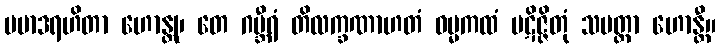
ပမာဒရဟိတာ ဟောန္တု၊ တေ ဂမ္ဘီရံ တိလက္ခဏာဟတံ ဓမ္မကထံ ပဋိဇ္ဇိတုံ သမတ္ထာ ဟောန္တီ။